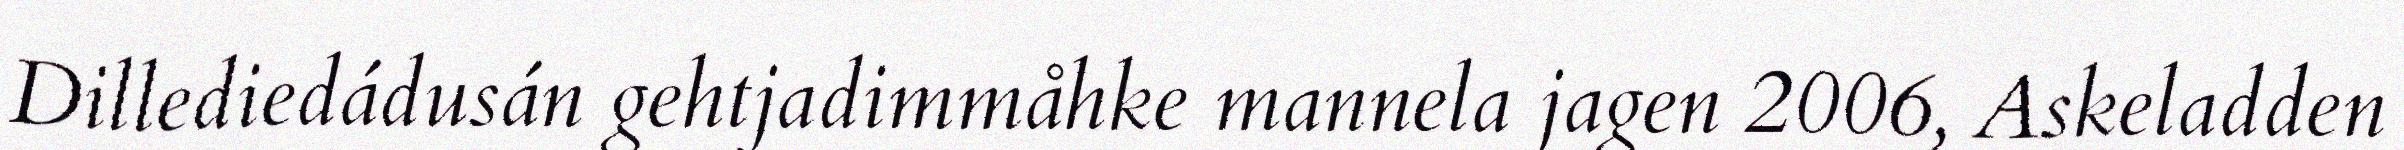
Dillediedádusán gehtjadimmåhke mannela jagen 2006, Askeladden